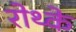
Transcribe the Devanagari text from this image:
रोथ्के